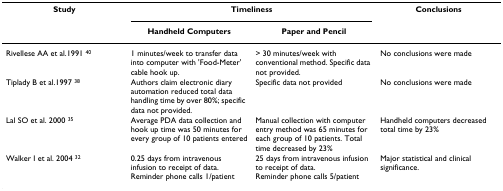
<table><thead><tr><td><b>Study</b></td><td colspan="2"><b>Timeliness</b></td><td><b>Conclusions</b></td></tr><tr><td></td><td><b>Handheld Computers</b></td><td><b>Paper and Pencil</b></td><td></td></tr></thead><tbody><tr><td>Rivellese AA et al.1991 <sup>40</sup></td><td>1 minutes/week to transfer data into computer with &#x27;Food-Meter&#x27; cable hook up.</td><td>&gt; 30 minutes/week with conventional method. Specific data not provided.</td><td>No conclusions were made</td></tr><tr><td>Tiplady B et al.1997 <sup>38</sup></td><td>Authors claim electronic diary automation reduced total data handling time by over 80%; specific data not provided.</td><td>Specific data not provided</td><td>No conclusions were made</td></tr><tr><td>Lal SO et al. 2000 <sup>35</sup></td><td>Average PDA data collection and hook up time was 50 minutes for every group of 10 patients entered</td><td>Manual collection with computer entry method was 65 minutes for each group of 10 patients. Total time decreased by 23%</td><td>Handheld computers decreased total time by 23%</td></tr><tr><td>Walker I et al. 2004 <sup>32</sup></td><td>0.25 days from intravenous infusion to receipt of data.Reminder phone calls 1/patient</td><td>25 days from intravenous infusion to receipt of data.Reminder phone calls 5/patient</td><td>Major statistical and clinical significance.</td></tr></tbody></table>